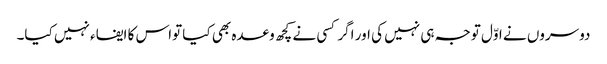
دوسروں نے اوّل توجہ ہی نہیں کی اور اگر کسی نے کچھ وعدہ بھی کیا تواس کا ایفاء نہیں کیا۔